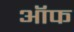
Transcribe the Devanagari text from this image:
ऑफ